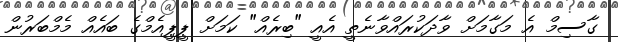
ގާސިމް އެ މަގާމަށް ވާދަކުރައްވާނެތީ އެއީ "ބިރެއް" ކަމަށް ޕީޕީއެމްގެ ބައެއް މެމްބަރުން